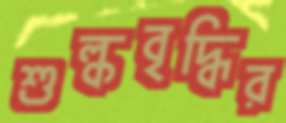
শুল্কবৃদ্ধির